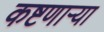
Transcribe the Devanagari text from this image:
कष्टणार्‍या